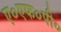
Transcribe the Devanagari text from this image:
ए०एफ०पी०